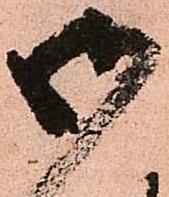
御